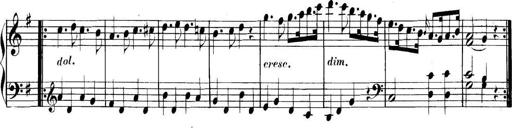
Title: Collected Piano Sonatas
Composer: Muzio Clementi